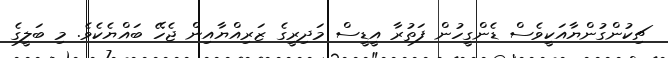
ޗިކުންގުންޔާއަކީވެސް ޑެންގީހުން ފަތުރާ އީޑީސް މަދިރީގެ ޒަރިއްޔާއިން ޖެހޭ ބައްޔެކެވެ. މި ބަލީގެ